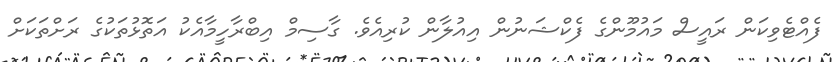
ފެއްޓެވިކަން ރައީސް މައުމޫންގެ ފެކްޝަނުން އިއުލާން ކުރިއެވެ. ގާސިމް އިބްރާހީމާއެކު އަތޮޅުތަކުގެ ރަށްތަކަށް